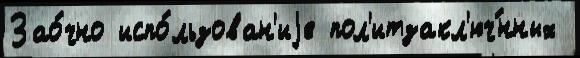
Зао́чно испо́льзован'иjе пол'итзакл'юч́нных